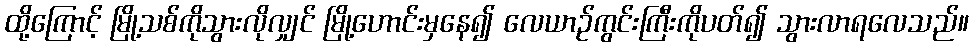
ထို့ကြောင့် မြို့သစ်ကိုသွားလိုလျှင် မြို့ဟောင်းမှနေ၍ လေယာဉ်ကွင်းကြီးကိုပတ်၍ သွားလာရလေသည်။